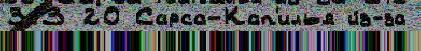
313 20 Сарса-Кап'илья и́з-за